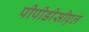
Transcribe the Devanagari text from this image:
पीपीडीसीएल